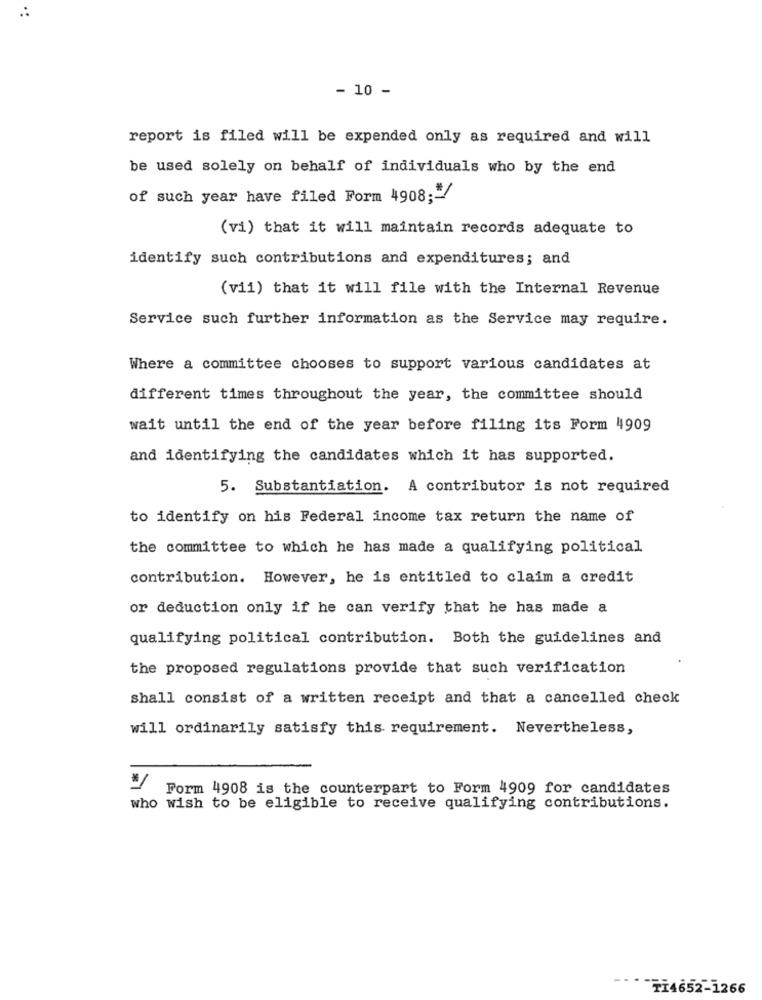
- 10 -
report is filed will be expended only as required and will
be used solely on behalf of individuals who by the end
of such year have filed Form 4908 ;-
(vi) that it will maintain records adequate to
identify such contributions and expenditures; and
(vii) that it will file with the Internal Revenue
Service such further information as the Service may require.
Where a committee chooses to support various candidates at
different times throughout the year, the committee should
wait until the end of the year before filing its Form 4909
and identifying the candidates which it has supported.
5. Substantiation. A contributor is not required
to identify on his Federal income tax return the name of
the committee to which he has made a qualifying political
contribution. However, he is entitled to claim a credit
or deduction only if he can verify that he has made a
qualifying political contribution. Both the guidelines and
the proposed regulations provide that such verification
shall consist of a written receipt and that a cancelled check
will ordinarily satisfy this requirement. Nevertheless,
Form 4908 is the counterpart to Form 4909 for candidates
who wish to be eligible to receive qualifying contributions.
TI4652-1266